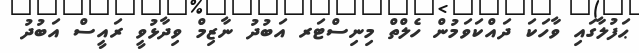
ޙަފުލާގައި ވާހަކަ ދައްކަވަމުން ހެލްތް މިނިސްޓަރ އަބުދު ނާޒިމް ވިދާޅުވީ ރައީސް އަބުދު